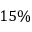
1 5 \%